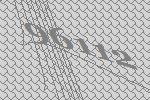
96112